Report on sanitation, dispensaries, and jails in Rajputana for 1920, and on vaccination for the year 1920-1921 - 1920-1921
Year: 1920
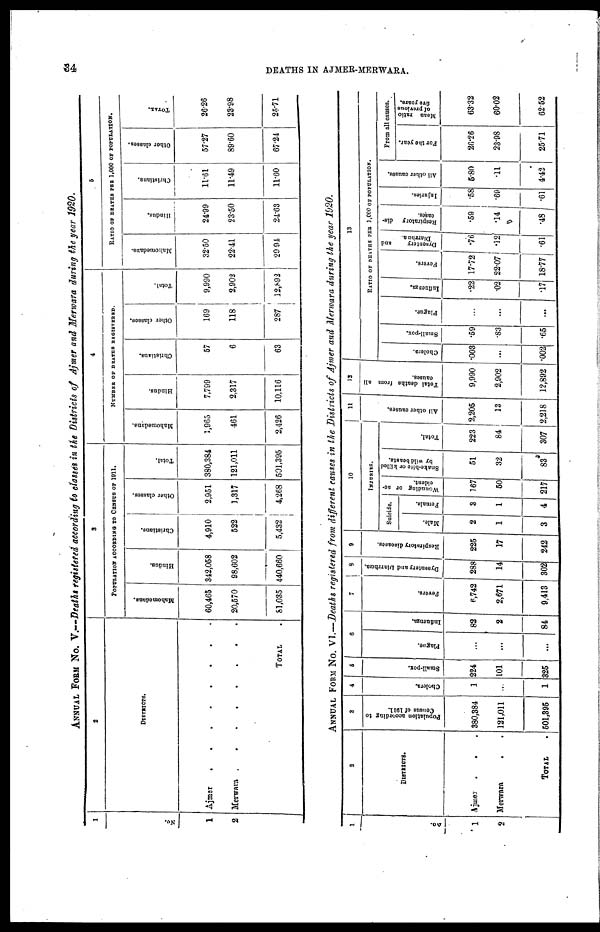
34
DEATHS IN AJMER-MERWARA.
ANNUAL FORM No. V.—Deaths registered according to classes in the Districts of Ajmer and Merwara during the year 1920.
1
No.
1
2
2
DISTRICTS.
Ajmer
.
.
.
.
Merwara
.
.
.
.
TOTAL .
3
POPULATION ACCORDING TO CENSUS OF 1911.
Mahomedans.
60,465
20,570
81,035
Hindus.
342,058
98,602
440,660
Christians.
4,910
522
5,432
Other classes.
2,951
1,317
4,268
Total.
380,384
121,011
501,395
4
NUMBER OF DEATHS REGISTERED.
Mahomedans.
1,965
461
2,426
Hindus.
7,799
2,317
10,116
Christians.
57
6
63
Other classes.
169
118
287
Total.
9,990
2,902
12,892
5
RATIO OF DEATHS PER 1,000 OF POPULATION.
Mahomedans.
32.50
22.41
29.94
Hindus.
24.99
23.50
24.63
Christians.
11.61
11.49
11.60
Other classes.
57.27
89.60
67.24
TOTAL.
26.26
23.98
25.71
ANNUAL FROM No. VI.—Deaths registered from different causes in the Districts of Ajmer and Merwara during the year 1920.
1
No.
1
2
2
DISTRICTS.
Ajmer . . .
Merwara . .
TOTAL .
3
Population according to
Census of 1911.
380,384
121,011
501,395
4
Cholera.
1
...
1
5
Small-pox.
224
101
325
6
Plague.
...
...
...
Influenza.
82
2
84
7
Fevers.
6,742
2,671
9,413
8
Dysentery and Diarrhœa.
288
14
302
9
Respiratory diseases.
225
17
242
10
INJURIES.
Suicide.
Male.
2
1
3
Female.
3
1
4
Wounding or ac-
cident.
167
50
217
Snake-bite or killed
by wild beasts.
51
32
83
Total.
223
84
307
11
All other causes.
2,205
13
2,218
12
Total deaths from all
causes.
9,990
2,902
12,892
13 RATIO OF DEATHS PER 1,000 OF POPULATION.
Cholera.
.003
...
.002
Small-pox.
.59
.83
.65
Plague.
...
...
...
Inflnenza.
.22
.02
.17
Fevers.
17.72
22.07
18.77
Dysentery
and
Diarrhœa.
.76
.12
.61
Respiratory dis-
eases.
.59
.14
.48
Injuries.
.58
.69
.61
All other causes.
5.80
11
4.42
From all causes.
For the year.
26.26
23.98
25.71
Mean ratio
of previous
five years.
63.32
60.02
62.52